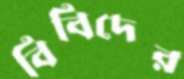
বিবিদের